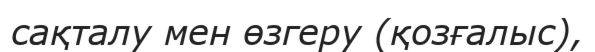
сақталу мен өзгеру (қозғалыс),